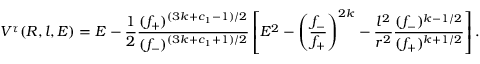
V ^ { \tau } ( R , l , E ) = E - \frac { 1 } { 2 } \frac { ( f _ { + } ) ^ { ( 3 k + c _ { 1 } - 1 ) / 2 } } { ( f _ { - } ) ^ { ( 3 k + c _ { 1 } + 1 ) / 2 } } \left[ E ^ { 2 } - \left( \frac { f _ { - } } { f _ { + } } \right) ^ { 2 k } - \frac { l ^ { 2 } } { r ^ { 2 } } \frac { ( f _ { - } ) ^ { k - 1 / 2 } } { ( f _ { + } ) ^ { k + 1 / 2 } } \right] .